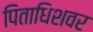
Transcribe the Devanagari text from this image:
पिताधिशवर